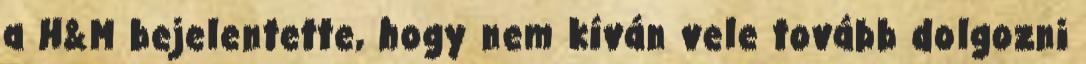
a H&M bejelentette, hogy nem kíván vele tovább dolgozni